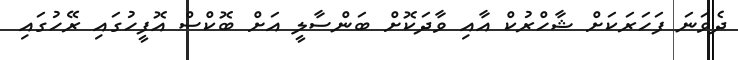
ދެވަނަ ފަހަރަކަށް ޝާހްރުކް އާއި ވާދަކޮށް ބަންސާލީ އަށް ބޮކްސް އޮފީހުގައި ރޭހުގައި